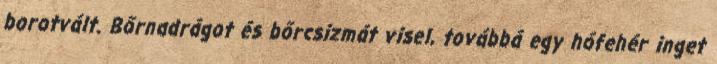
borotvált. Bőrnadrágot és bőrcsizmát visel, továbbá egy hófehér inget